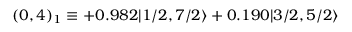
( 0 , 4 ) _ { 1 } \equiv + 0 . 9 8 2 | 1 / 2 , 7 / 2 \rangle + 0 . 1 9 0 | 3 / 2 , 5 / 2 \rangle